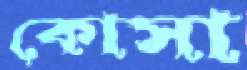
কোসা